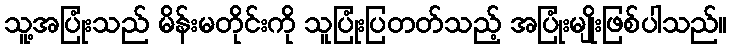
သူ့အပြုံးသည် မိန်းမတိုင်းကို သူပြုံးပြတတ်သည့် အပြုံးမျိုးဖြစ်ပါသည်။